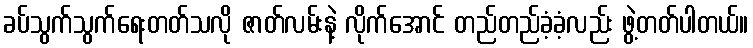
ခပ်သွက်သွက်ရေးတတ်သလို ဇာတ်လမ်းနဲ့ လိုက်အောင် တည်တည်ခံ့ခံ့လည်း ဖွဲ့တတ်ပါတယ်။